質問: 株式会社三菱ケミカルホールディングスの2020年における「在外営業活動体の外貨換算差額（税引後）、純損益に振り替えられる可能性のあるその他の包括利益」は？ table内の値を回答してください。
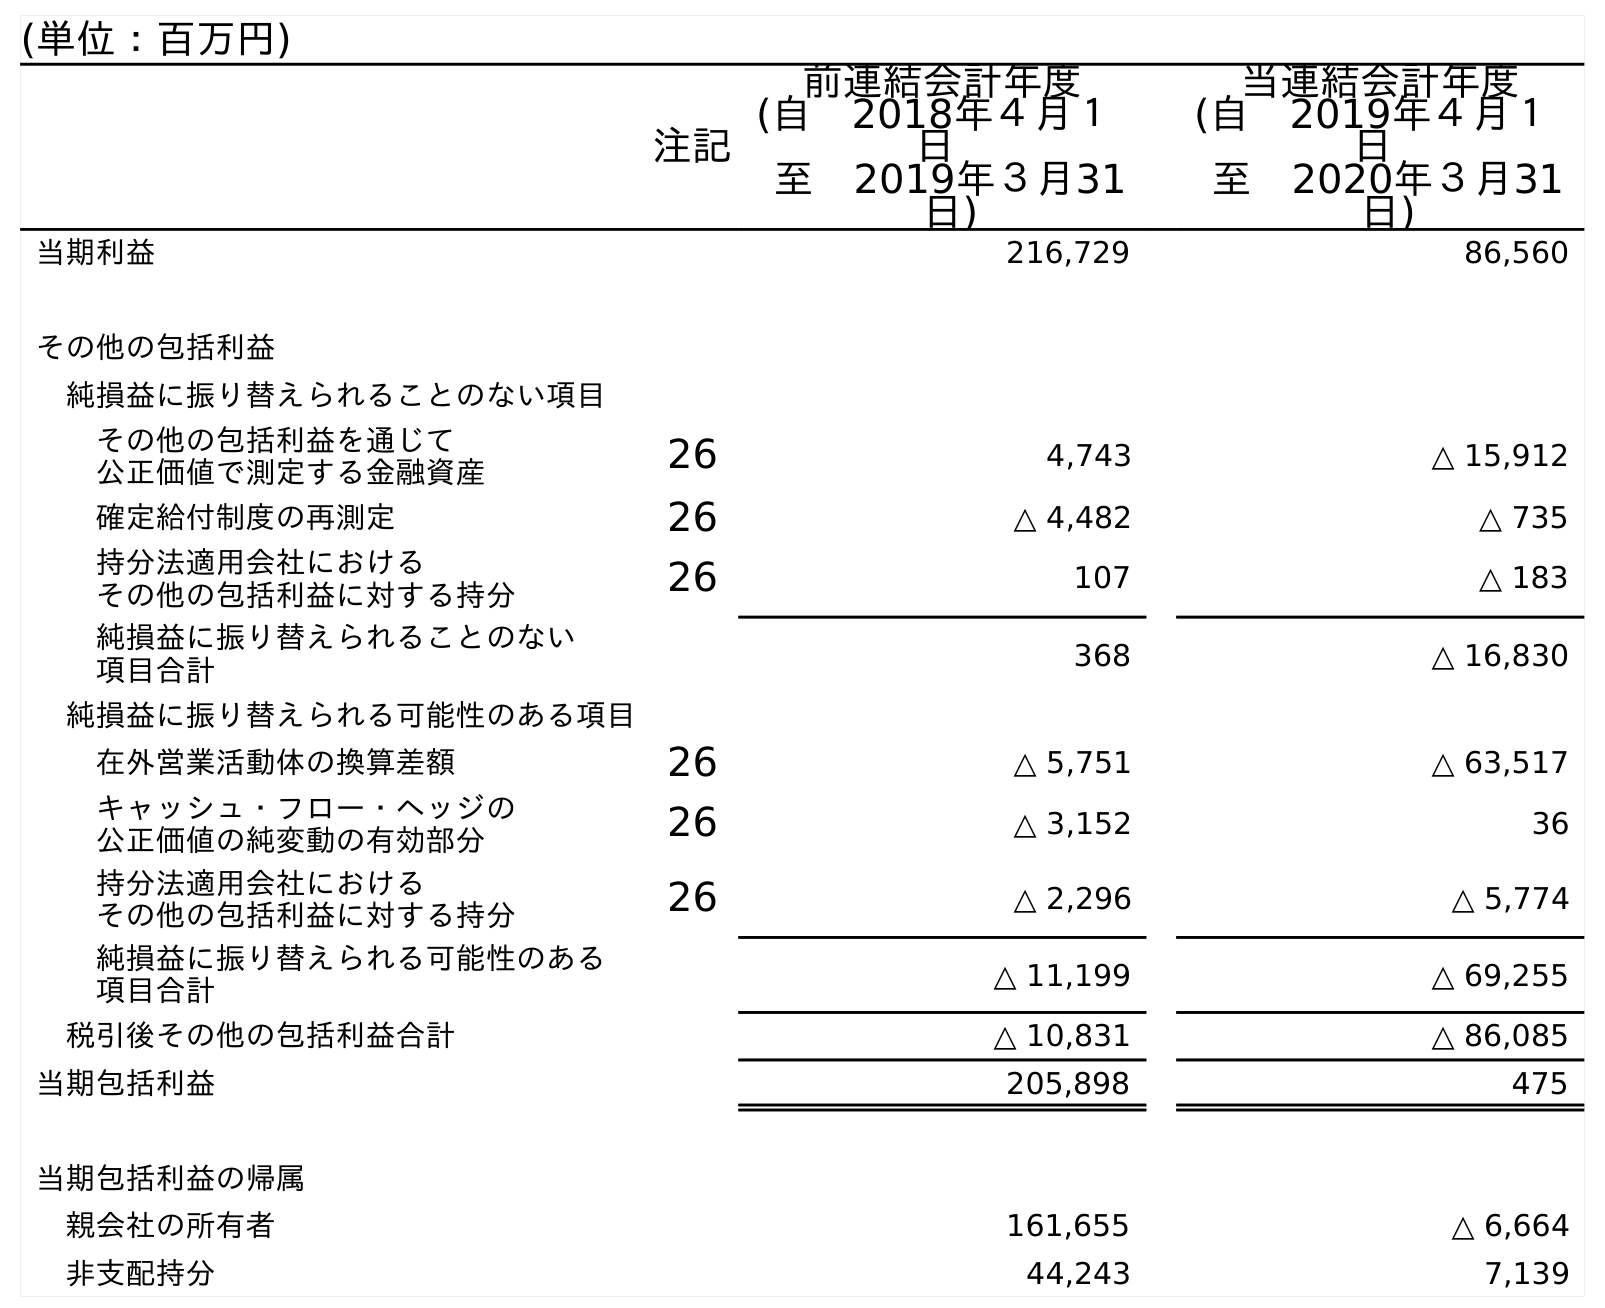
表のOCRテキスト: (単位：百万円) 注記 前連結会計年度 (自 2018年４月１ 日 至 2019年３月31 日) 当連結会計年度 (自 2019年４月１ 日 至 2020年３月31 日) 当期利益 216,729 86,560 その他の包括利益 純損益に振り替えられることのない項目 その他の包括利益を通じて 公正価値で測定する金融資産 26 4,743 △ 15,912 確定給付制度の再測定 26 △ 4,482 △ 735 持分法適用会社における その他の包括利益に対する持分 26 107 △ 183 純損益に振り替えられることのない 項目合計 368 △ 16,830 純損益に振り替えられる可能性のある項目 在外営業活動体の換算差額 26 △ 5,751 △ 63,517 キャッシュ・フロー・ヘッジの 公正価値の純変動の有効部分 26 △ 3,152 36 持分法適用会社における その他の包括利益に対する持分 26 △ 2,296 △ 5,774 純損益に振り替えられる可能性のある 項目合計 △ 11,199 △ 69,255 税引後その他の包括利益合計 △ 10,831 △ 86,085 当期包括利益 205,898 475 当期包括利益の帰属 親会社の所有者 161,655 △ 6,664 非支配持分 44,243 7,139
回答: △63,517